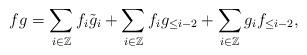
LaTeX: \begin{align*}f g = \sum_{i \in \mathbb Z} f_i \tilde g_i + \sum_{i \in \mathbb Z} f_i g_{\le i-2} + \sum_{i \in \mathbb Z}g_i f_{\le i-2},\end{align*}